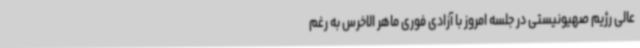
عالی رژیم صهیونیستی در جلسه امروز با آزادی فوری ماهر الاخرس به رغم